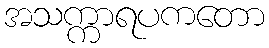
အသက္ကာရပကတော